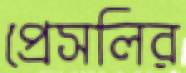
প্রেসলির